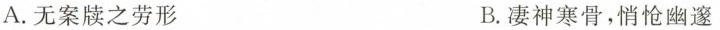
A.无案牍之劳形 B.凄神寒骨，悄怆幽邃